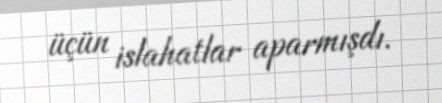
üçün islahatlar aparmışdı.